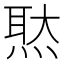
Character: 𤋕